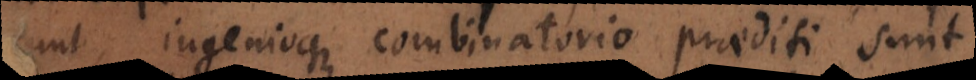
nt, ingenioque combinatorio praediti sunt,